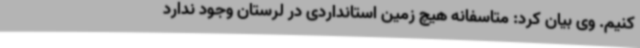
کنیم. وی بیان کرد: متاسفانه هیچ زمین استانداردی در لرستان وجود ندارد